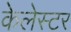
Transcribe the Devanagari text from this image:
केलेस्टर